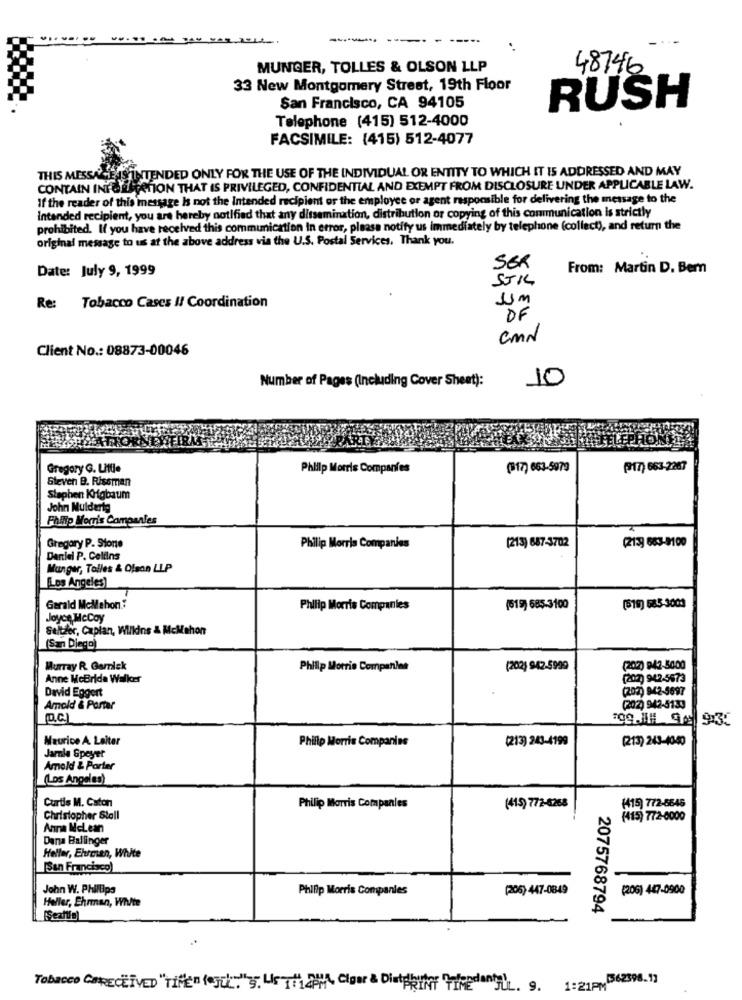
----
----- -
MUNGER, TOLLES & OLSON LLP
48746
33 New Montgomery Street, 19th Floor
San Francisco, CA 94105
RUSH
Telephone (415) 512-4000
FACSIMILE: (415) 512-4077
EIS INTENDED ONLY FOR THE USE OF THE INDIVIDUAL OR ENTITY TO WHICH IT IS ADDRESSED AND MAY
THIS MESSA
CONTAIN INFO ESTATION THAT IS PRIVILEGED, CONFIDENTIAL AND EXEMPT FROM DISCLOSURE UNDER APPLICABLE LAW.
If the reader of this message Is not the Intended recipient or the employee or agent responsible for delivering the message to the
intended recipient, you are hereby notified that any dissemination, distribution or copying of this communication is strictly
prohibited. If you have received this communication In error, please notify us immediately by telephone (collect), and return the
original message to us at the above address via the U.S. Postal Services, Thank you.
Date: July 9, 1999
SER
From: Martin D. Bem
SIKL
-
Re: Tobacco Cases // Coordination
DF
CmN
Client No .: 08873-00046
Number of Pages (Including Cover Sheet):
10
Gregory G. Little
Philip Morris Companies
(17) 663-5979
(17) 663-2267
Steven B. Rissman
Stephen KHgbaum
John Mulderte
Philip Morris Companies
Gregory P. Storte
[213) 687-3702
Philip Morris Companies
(213] 683-9100
Daniel P. Collins
Manger, Tolles & Olson LLP
(Los Angeles)
Gerald MeMahon .:
Philip Morris Companies
(519) 585-3100
[519) 585-3004
Joyce McCay
Seltzer, Caplan, Wilkins & McMahon
(San Diego)
Murray R. Gamlek
Phillip Morris Companies
(202) 942-5999
(207) 942-5000
Anne McBride Walker
(202) 942-5673
David Eggert
(202) 942-5697
Amold & Portar
(202) 942-5133
109.1# 9 9:35
Maurice A. Laiter
Philip Morris Companies
(213) 243-4199
(213) 243-43-40
Jarle Speyer
Amold & Porter
(Los Angeles)
Curtis M. Caton
Philip Morris Companies
(415) 772-6268
(415) 772-8545
Christopher Stoll
(415) 772-6000
Anna McLean
Dana Ballinger
Heller, Ehurcien, White
[San Francisco)
John W. Phillips
Philip Morris Companies
(205) 447-0849
(206) 447-0900
Heller, Ehrman, White
2075768794
Tobacco CaRECEIVED "Title" (sek". Us f1 2M Clou & DiePRINT Tied JUL. 9. 1:21PM 562596.1)